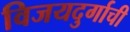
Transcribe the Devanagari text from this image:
विजयदुर्गाची